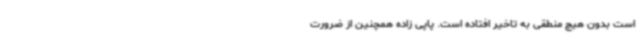
است بدون هیچ منطقی به تاخیر افتاده است. پاپی زاده همچنین از ضرورت